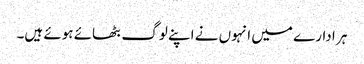
ہر ادارے میں انہوں نے اپنے لوگ بٹھائے ہوئے ہیں۔